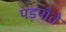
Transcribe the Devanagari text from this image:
पड़पौते